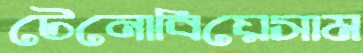
টেনোবিয়েসাম